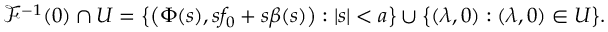
\mathscr { F } ^ { - 1 } ( 0 ) \cap U = \big \{ \big ( \Phi ( s ) , s f _ { 0 } + s \beta ( s ) \big ) : | s | < a \big \} \cup \big \{ ( \lambda , 0 ) : ( \lambda , 0 ) \in U \big \} .